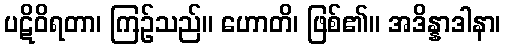
ပဋိဝိရတာ၊ ကြဉ်သည်။ ဟောတိ၊ ဖြစ်၏။ အဒိန္နာဒါနာ၊